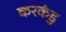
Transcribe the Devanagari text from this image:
करकंडु